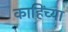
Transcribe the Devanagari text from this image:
काहिंच्या